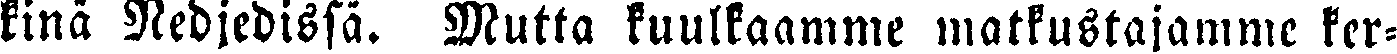
kinä Nedjedissä. Mutta kuulkaamme matkustajamme ker-